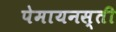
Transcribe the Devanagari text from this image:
पेमायनस्‍ती